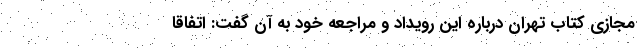
مجازی کتاب تهران درباره این رویداد و مراجعه خود به آن گفت: اتفاقا